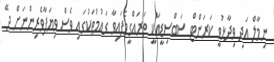
ނިމާލް އަދި ވިދާޅުވީ ކަރަންޓް ސަބްސިޑީއަކީ ތަރައްގީވެފައިވާ ގައުމުތަކުގައި ވެސް ވިޔަފާވެރިންނަށް ދޭ